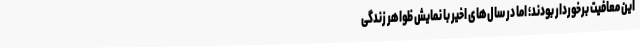
این معافیت برخوردار بودند؛ اما در سال‌های اخیر با نمایش ظواهر زندگی